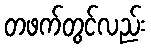
တဖက်တွင်လည်း